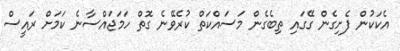
އެކަކުން ފެށިގެން ގޭގައި ތިބެގެން މަސައްކަތް ކުރެވޭނެ ގޮތް ހަަމަޖައްސާނެ ކަމަށް ރައީސް